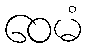
ဝေမံ